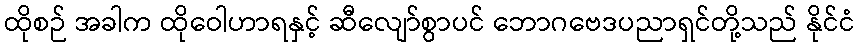
ထိုစဉ် အခါက ထိုဝေါဟာရနှင့် ဆီလျော်စွာပင် ဘောဂဗေဒပညာရှင်တို့သည် နိုင်ငံ